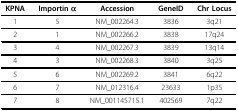
| KPNA | Importin α | Accession | GeneID | Chr Locus |
 | --- | --- | --- | --- | --- |
 | 1 | 5 | NM_002264.3 | 3836 | 3q21 |
 | 2 | 1 | NM_002266.2 | 3838 | 17q24 |
 | 3 | 4 | NM_002267.3 | 3839 | 13q14 |
 | 4 | 3 | NM_002268.3 | 3840 | 3q25 |
 | 5 | 6 | NM_002269.2 | 3841 | 6q22 |
 | 6 | 7 | NM_012316.4 | 23633 | 1p35 |
 | 7 | 8 | NM_001145715.1 | 402569 | 7q22 |